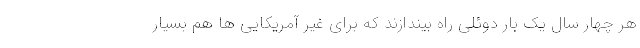
هر چهار سال یک بار دوئلی راه بیندازند که برای غیر آمریکایی ها هم بسیار